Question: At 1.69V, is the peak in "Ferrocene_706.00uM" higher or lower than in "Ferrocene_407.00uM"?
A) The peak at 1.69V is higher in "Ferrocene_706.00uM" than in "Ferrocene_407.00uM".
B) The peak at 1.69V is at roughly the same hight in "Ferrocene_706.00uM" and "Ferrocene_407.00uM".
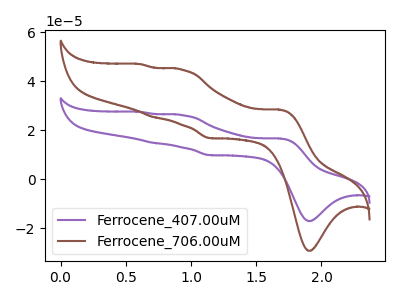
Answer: <think>The purple curve "Ferrocene_407.00uM" has anodic peaks at (1.70V, 16.60uA) (0.95V, 26.15uA) (0.70V, 14.80uA) (0.60V, 27.45uA) and cathodic peaks at (1.90V, -17.15uA) (1.15V, 9.80uA). The brown curve "Ferrocene_706.00uM" has anodic peaks at (1.70V, 28.35uA) (0.95V, 44.75uA) (0.70V, 25.35uA) (0.60V, 46.95uA) and cathodic peaks at (1.90V, -29.30uA) (1.15V, 16.75uA).</think>
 <answer>A) The peak at 1.69V is higher in "Ferrocene_706.00uM" than in "Ferrocene_407.00uM".</answer>
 <eval>A</eval>